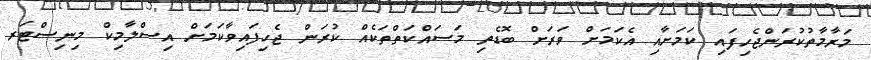
މަރާމާތުކުރަންޖެހިފައި ކަމަށާއި އެކަމަށް ވަރަށް ބޮޑެތި މަސައްކަތްތަކެއް ކުރަން ޖެހިފައިވާކަމަށް އިސްލާމިކް މިނިސްޓަރ